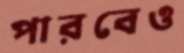
পারবেও